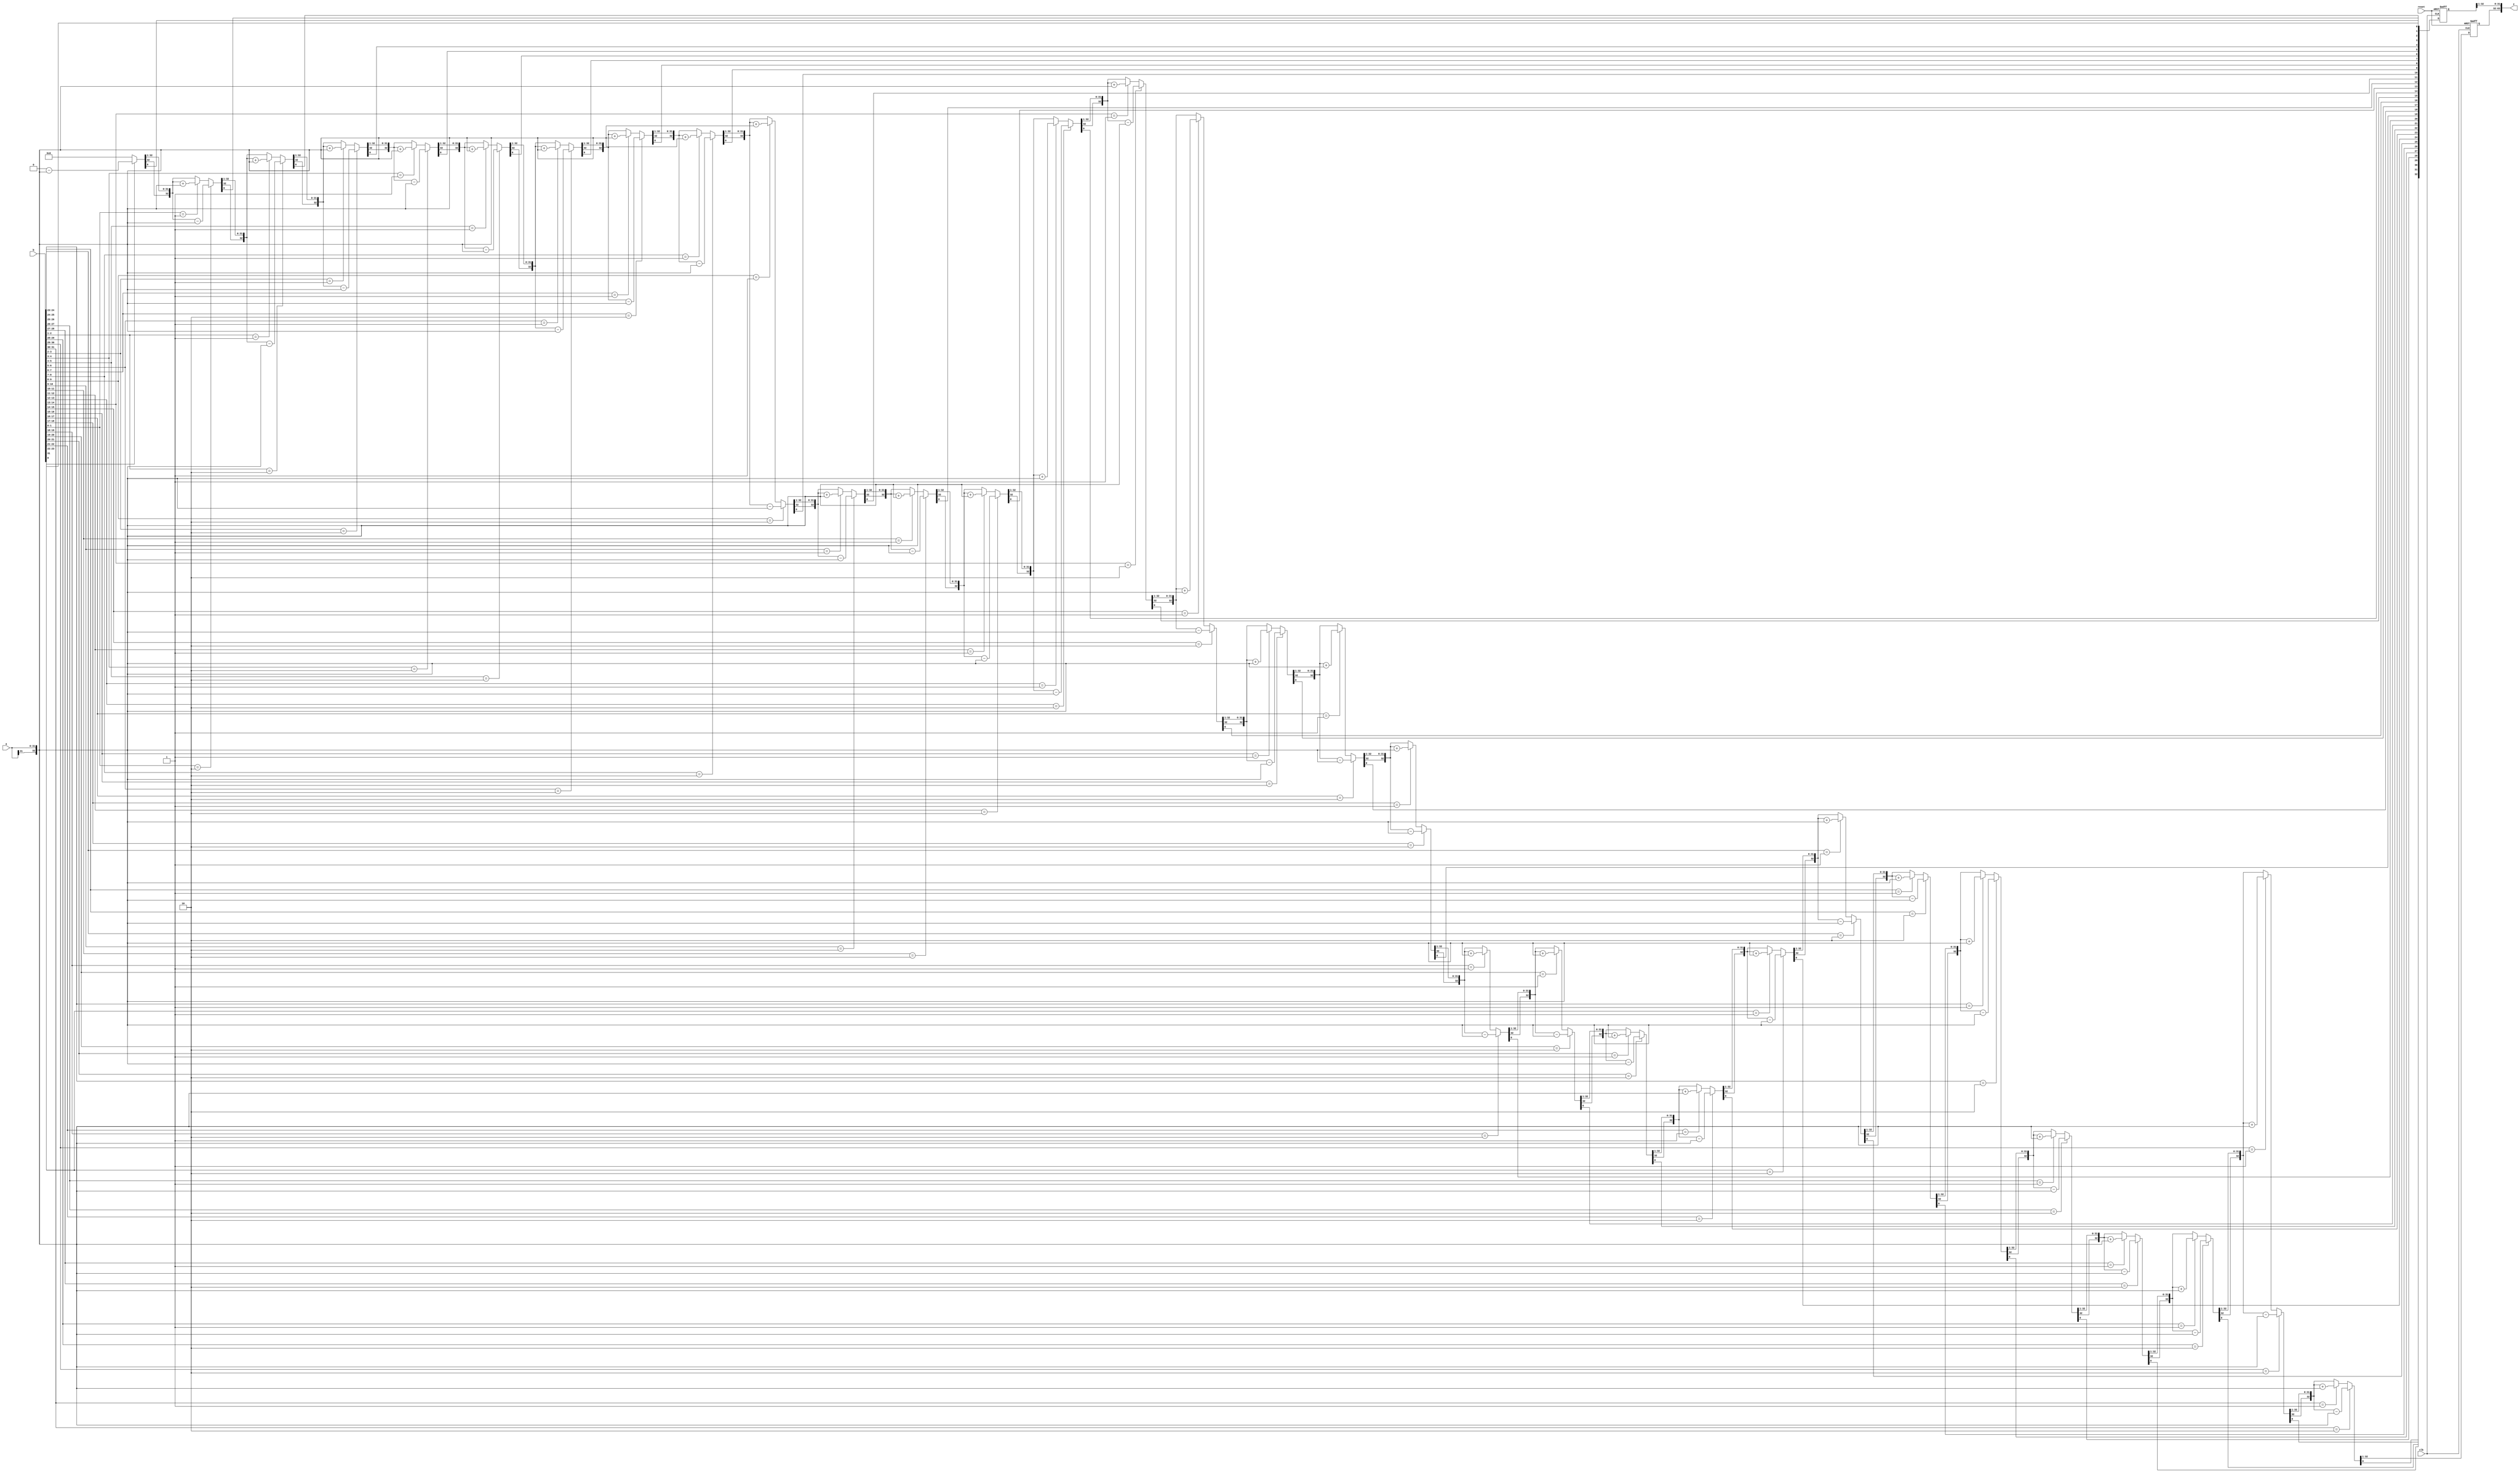
`timescale 1ns / 1ps
//////////////////////////////////////////////////////////////////////////////////
// Company: 
// Engineer: 
// 
// Design Name: 
// Module Name: MULT
// Project Name: 
// Target Devices: 
// Tool Versions: 
// Description: 
// 
// Dependencies: 
// 
// Revision:
// Revision 0.01 - File Created
// Additional Comments:
// 
//////////////////////////////////////////////////////////////////////////////////


module MULT(
input clk,
    input reset,
    input [31:0] a,
    input [31:0] b,
    output [63:0] z
    );
// 
    reg [32:0] HI;
    reg [31:0] LO;
    reg [32:0] temp;
    reg [32:0] plus;
    integer i;
always @(posedge clk or negedge reset)
begin
    // reset 
    if(!reset) 
      begin
        HI <= 0;
        LO <= 0;
        temp <= 0;
      end
    else
      begin
      HI = 0;
      LO = b;
      temp = {LO,1'b0};
      plus = {a[31],a}; 
      //
      for(i=0;i<32;i=i+1) begin
      if(temp[1:0] == 2'b10)  HI = HI -  plus ;   
      else if(temp[1:0] == 2'b01)HI = HI + plus;
      else  HI=HI ;
      temp={HI[0],temp[32:1]};
      HI = {HI[32],HI[32:1]};
      end//end for
end //end else

end
assign z = {HI[31:0],temp[32:1]};
endmodule